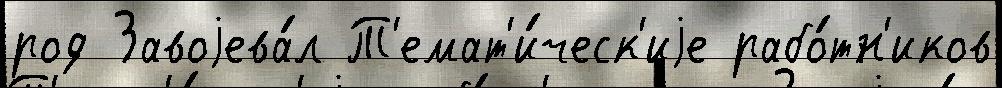
род Завоjева́л Т'емат'и́ческ'иjе рабо́тн'иков